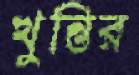
খুন্তির